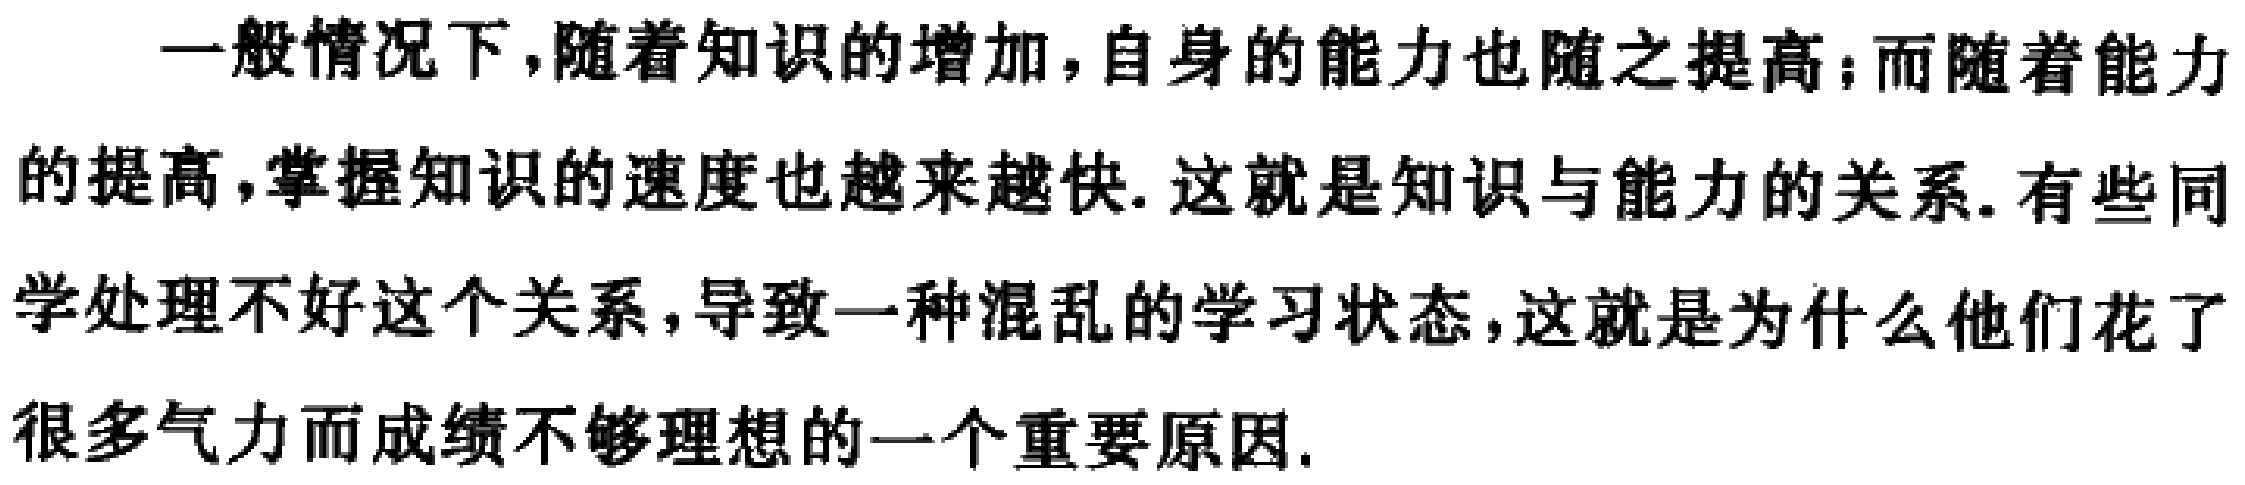
一般情况下,随着知识的增加,自身的能力也随之提高;而随着能力的提高,掌握知识的速度也越来越快. 这就是知识与能力的关系. 有些同学处理不好这个关系,导致一种混乱的学习状态,这就是为什么他们花了很多气力而成绩不够理想的一个重要原因.